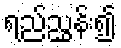
ရည်ညွှန်း၍